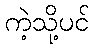
ကဲ့သို့ပင်